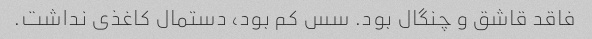
فاقد قاشق و چنگال بود. سس کم بود، دستمال کاغذی نداشت.